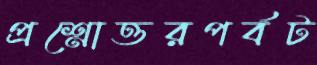
প্রশ্নোত্তরপর্বট